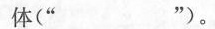
体(” ”)。